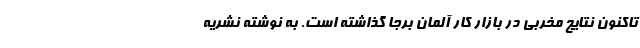
تاکنون نتایج مخربی در بازار کار آلمان برجا گذاشته است. به نوشته نشریه